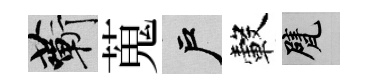
蔪蒐户轂甓